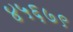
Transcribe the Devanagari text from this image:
४५६७९